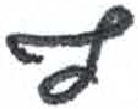
אות: ף